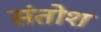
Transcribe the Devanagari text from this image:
संतोश